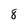
Character: 8